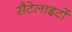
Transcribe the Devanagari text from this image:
सैटेलाइटों